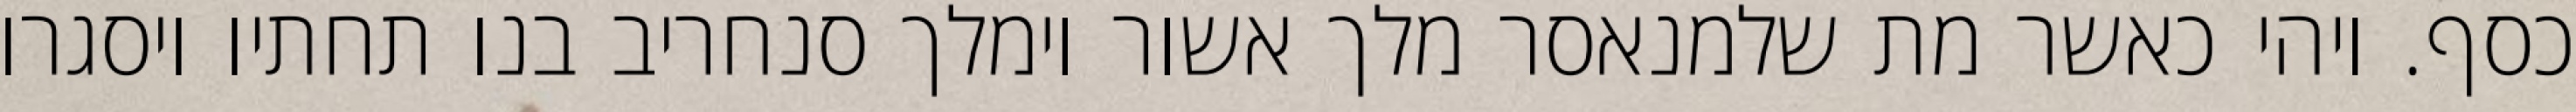
כסף. ויהי כאשר מת שלמנאסר מלך אשור וימלך סנחריב בנו תחתיו ויסגרו